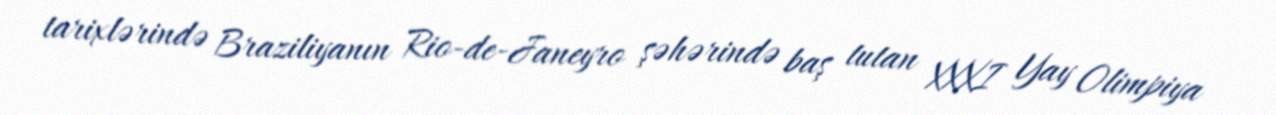
tarixlərində Braziliyanın Rio-de-Janeyro şəhərində baş tutan XXXI Yay Olimpiya